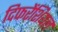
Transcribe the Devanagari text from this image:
दिफरेंशियल